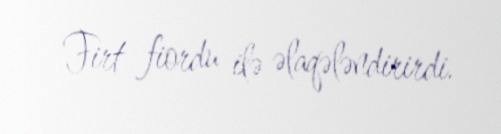
Firt fiordu ilə əlaqələndirirdi.